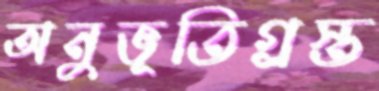
অনুভূতিগ্রস্ত